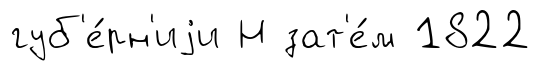
губ'е́рн'иjи Н зат'е́м 1822